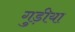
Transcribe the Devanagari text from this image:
गुड़ीया